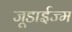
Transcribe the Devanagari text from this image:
जूडाईज्म